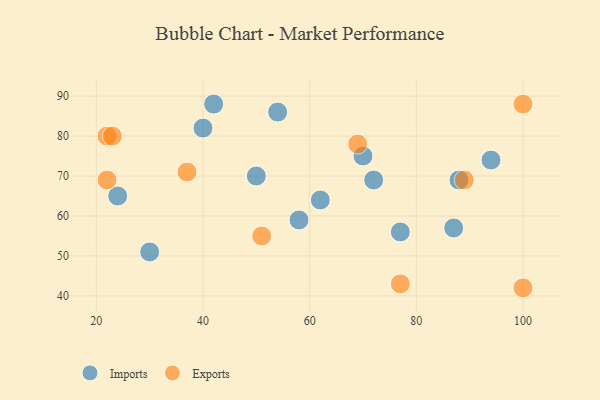
{"axis": {"x": "GDP", "y": "Life Expectancy"}, "legend": ["Exports", "Imports"], "data": [{"x": "77", "y": 56, "type": "Imports"}, {"x": "24", "y": 65, "type": "Imports"}, {"x": "58", "y": 59, "type": "Imports"}, {"x": "54", "y": 86, "type": "Imports"}, {"x": "94", "y": 74, "type": "Imports"}, {"x": "88", "y": 69, "type": "Imports"}, {"x": "30", "y": 51, "type": "Imports"}, {"x": "87", "y": 57, "type": "Imports"}, {"x": "62", "y": 64, "type": "Imports"}, {"x": "70", "y": 75, "type": "Imports"}, {"x": "72", "y": 69, "type": "Imports"}, {"x": "42", "y": 88, "type": "Imports"}, {"x": "40", "y": 82, "type": "Imports"}, {"x": "50", "y": 70, "type": "Imports"}, {"x": "100", "y": 88, "type": "Exports"}, {"x": "22", "y": 80, "type": "Exports"}, {"x": "89", "y": 69, "type": "Exports"}, {"x": "100", "y": 42, "type": "Exports"}, {"x": "22", "y": 69, "type": "Exports"}, {"x": "69", "y": 78, "type": "Exports"}, {"x": "37", "y": 71, "type": "Exports"}, {"x": "77", "y": 43, "type": "Exports"}, {"x": "51", "y": 55, "type": "Exports"}, {"x": "23", "y": 80, "type": "Exports"}]}